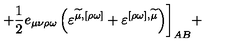
+ \frac 1 2 e _ { \mu \nu \rho \omega } \left( \varepsilon ^ { \widetilde { \mu } , [ \rho \omega ] } + \varepsilon ^ { [ \rho \omega ] , \widetilde { \mu } } \right) \biggr ] _ { A B } +